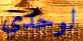
لوحدي